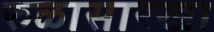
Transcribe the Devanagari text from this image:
रुळासारखा